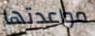
مواعدتها